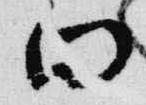
向